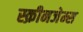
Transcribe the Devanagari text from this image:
स्क्रीनजेम्स